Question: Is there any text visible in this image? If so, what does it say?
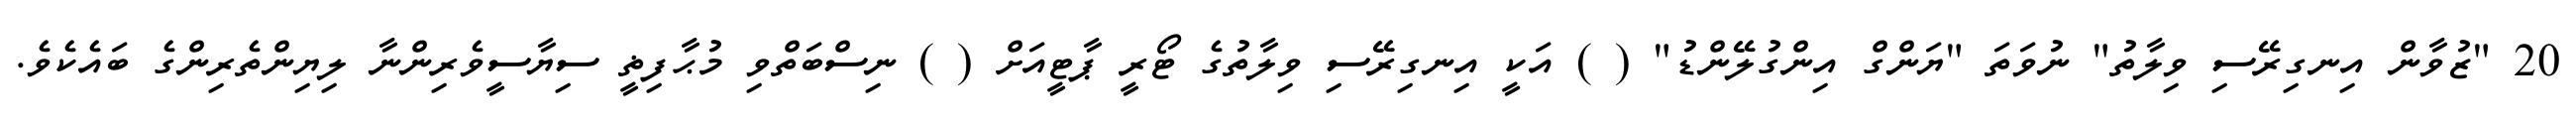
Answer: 20 "ޒުވާން އިނގިރޭސި ވިލާތު" ނުވަތަ "ޔަންގް އިންގުލޭންޑު" ( ) އަކީ އިނގިރޭސި ވިލާތުގެ ޓޯރީ ޕާޓީއަށް ( ) ނިސްބަތްވި މުޙާފިޡީ ސިޔާސީވެރިންނާ ލިޔިންތެރިންގެ ބައެކެވެ.